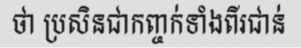
ថា ប្រសិនជាកញ្ចក់ទាំងពីរជាន់